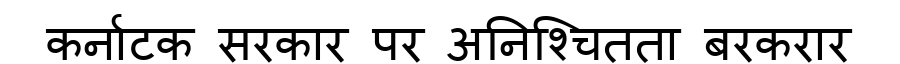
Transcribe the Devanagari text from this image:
कर्नाटक सरकार पर अनिश्चितता बरकरार